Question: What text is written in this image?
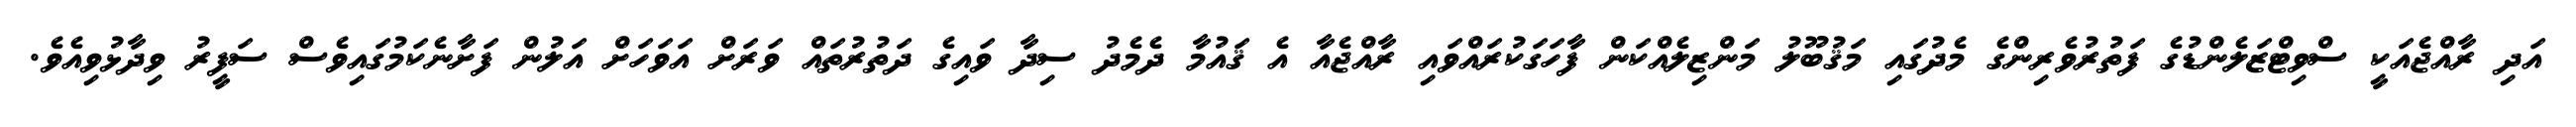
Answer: އަދި ރާއްޖެއަކީ ސްވިޓްޒަލެންޑުގެ ފަތުރުވެރިންގެ މެދުގައި މަޤުބޫލު މަންޒިލެއްކަން ފާހަގަކުރައްވައި ރާއްޖެއާ އެ ޤައުމާ ދެމެދު ސިދާ ވައިގެ ދަތުރުތައް ވަރަށް އަވަހަށް އަލުން ފަށާނެކަމުގައިވެސް ސަފީރު ވިދާޅުވިއެވެ.